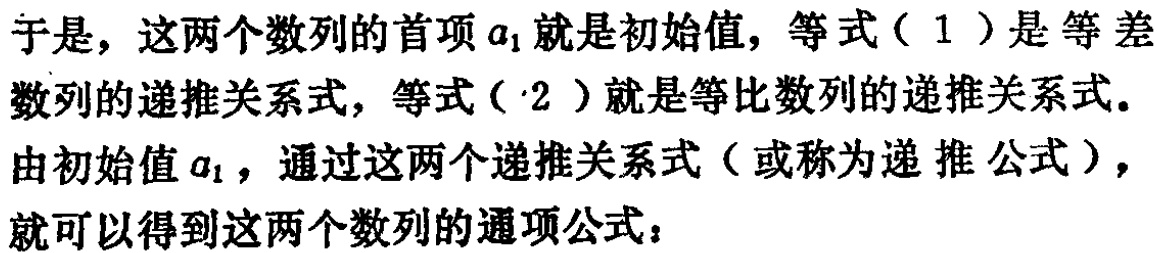
于是，这两个数列的首项\(a_{1}\)就是初始值，等式（1）是等差数列的递推关系式，等式（2）就是等比数列的递推关系式。
由初始值\(a_{1}\)，通过这两个递推关系式（或称为递推公式），就可以得到这两个数列的通项公式：